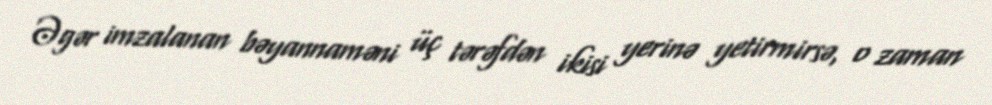
Əgər imzalanan bəyannaməni üç tərəfdən ikisi yerinə yetirmirsə, o zaman